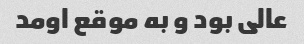
عالی بود و به موقع اومد